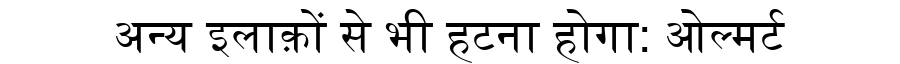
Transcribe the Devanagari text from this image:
अन्य इलाक़ों से भी हटना होगा: ओल्मर्ट